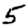
Digit: 5